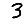
Digit: 3